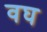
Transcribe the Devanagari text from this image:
वघ